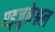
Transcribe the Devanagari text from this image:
एड्जुकेश्नल